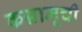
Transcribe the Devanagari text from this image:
कन्नामूची